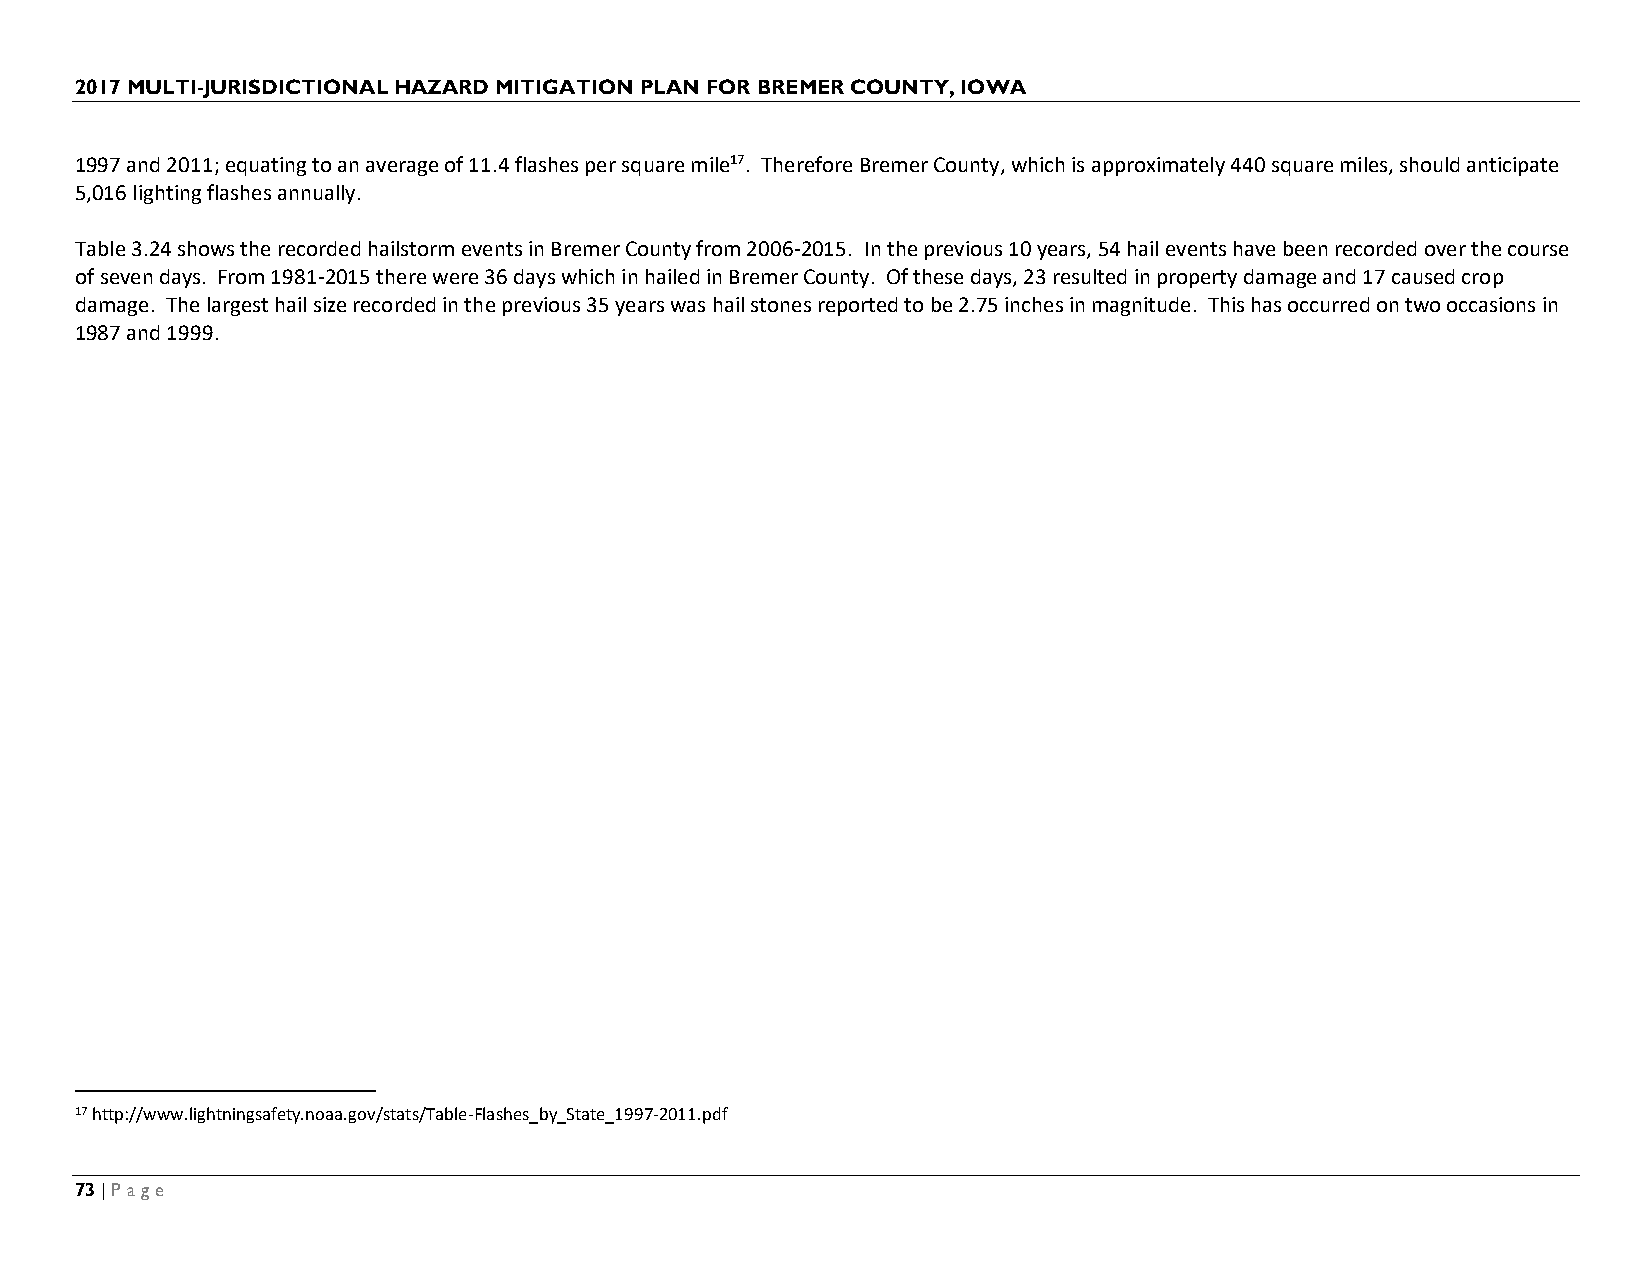
2017 MULTI-JURISDICTIONAL HAZARD MITIGATION PLAN FOR BREMER COUNTY, IOWA
 1997 and 2011; equating to an average of 11.4 flashes per square mile17. Therefore Bremer County, which is approximately 440 square miles, should anticipate
 5,016 lighting flashes annually.
 Table 3.24 shows the recorded hailstorm events in Bremer County from 2006-2015. In the previous 10 years, 54 hail events have been recorded over the course
 of seven days. From 1981-2015 there were 36 days which in hailed in Bremer County. Of these days, 23 resulted in property damage and 17 caused crop
 damage. The largest hail size recorded in the previous 35 years was hail stones reported to be 2.75 inches in magnitude. This has occurred on two occasions in
 1987 and 1999.
 17 http://www.lightningsafety.noaa.gov/stats/Table-Flashes_by_State_1997-2011.pdf
 73 | Page